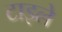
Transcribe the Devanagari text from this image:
टाइले